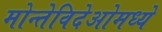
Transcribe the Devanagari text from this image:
मोन्तेविदेओमध्ये